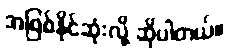
အဖြစ်နိုင်ဆုံးလို့ ဆိုပါတယ်။